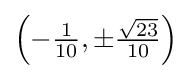
\left(-{\tfrac {1}{10}},\pm {\tfrac {\sqrt {23}}{10}}\right)